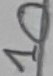
Text: 10